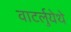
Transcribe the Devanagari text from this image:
वाटर्लुयेथे